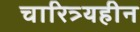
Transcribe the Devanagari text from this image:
चारित्र्यहीन